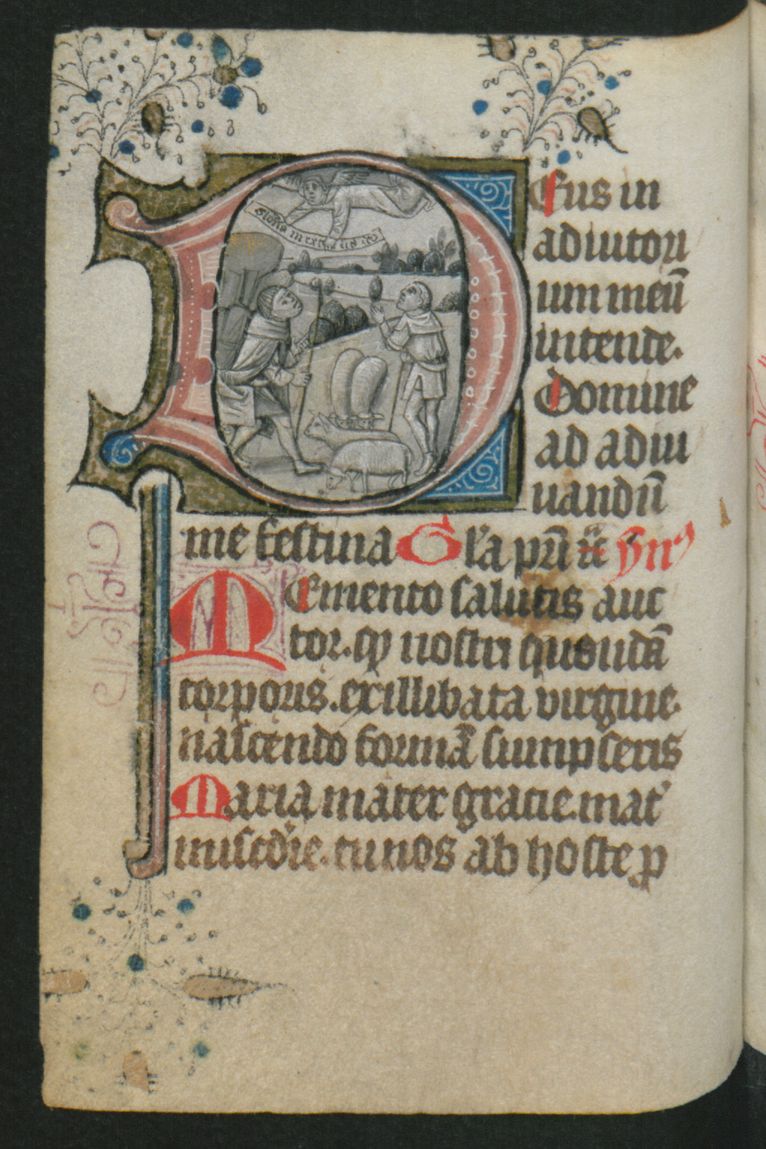
Shelfmark: Berlin, Staatsbibliothek, Hdschr. 25
Century: 15